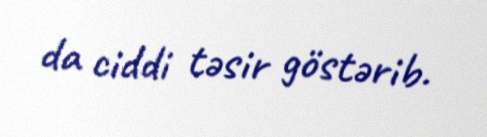
da ciddi təsir göstərib.